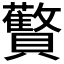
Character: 𬥱